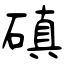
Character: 磌